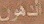
الدهوم